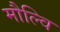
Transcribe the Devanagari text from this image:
मौल्वि